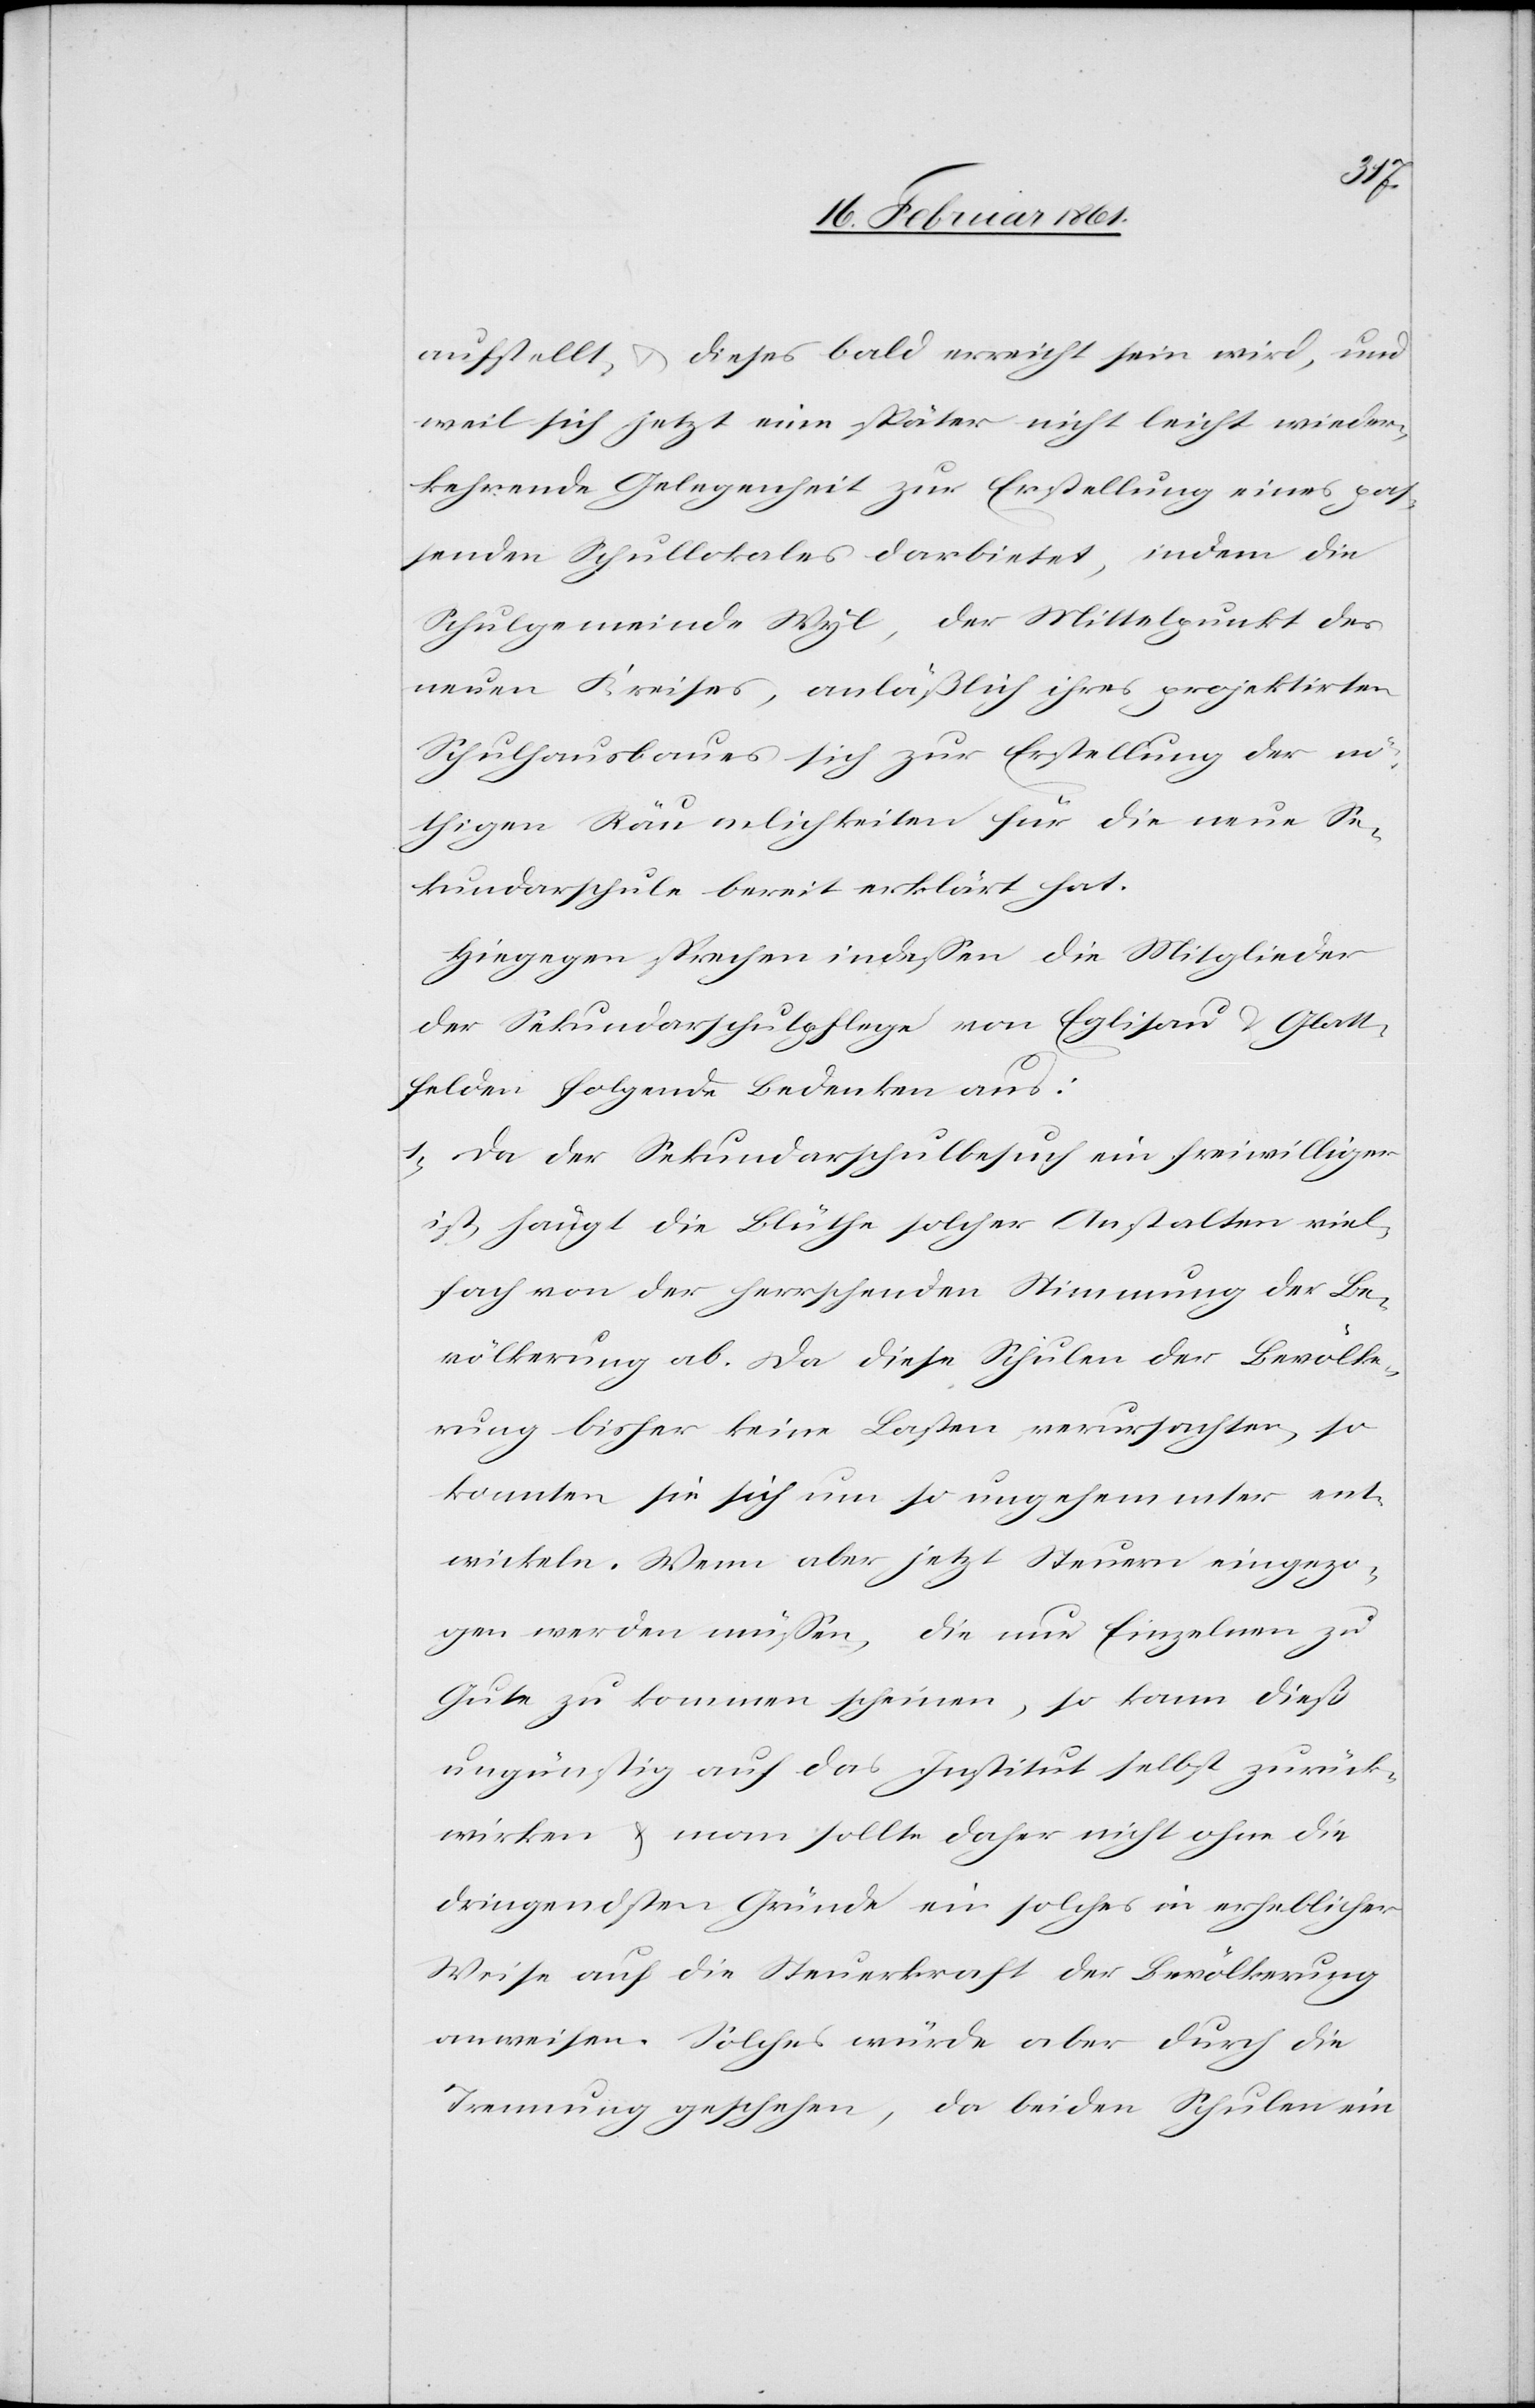
aufstellt, u. dieses bald erreicht sein wird, und
weil sich jetzt eine später nicht leicht wieder¬
kehrende Gelegenheit zur Erstellung eines pas¬
senden Schullokales darbietet, indem die
Schulgemeinde Wyl, der Mittelpunkt des
neuen Kreises, anläßlich ihres projektirten
Schulhausbaues sich zur Erstellung der nö¬
thigen Räumlichkeiten für die neue Se¬
kundarschule bereit erklärt hat.
Hiegegen sprechen indessen die Mitglieder
der Sekundarschulpflege von Eglisau u. Glatt¬
felden folgende Bedenken aus:
1) Da der Sekundarschulbesuch ein freiwilliger
ist, hängt die Blüthe solcher Anstalten viel¬
fach von der herrschenden Stimmung der Be¬
völkerung ab. Da diese Schulen der Bevölke¬
rung bisher keine Lasten verursachten, so
konnten sie sich um so ungehemmter ent¬
wickeln. Wenn aber jetzt Steuern eingezo¬
gen werden müssen, die nur Einzelnen zu
Gute zu kommen scheinen, so kann dieß
ungünstig auf das Institut selbst zurück¬
wirken u. man sollte daher nicht ohne die
dringendsten Gründe ein solches in erheblicher
Weise auf die Steuerkraft der Bevölkerung
anweisen. Solches würde aber durch die
Trennung geschehen, da beiden Schulen ein